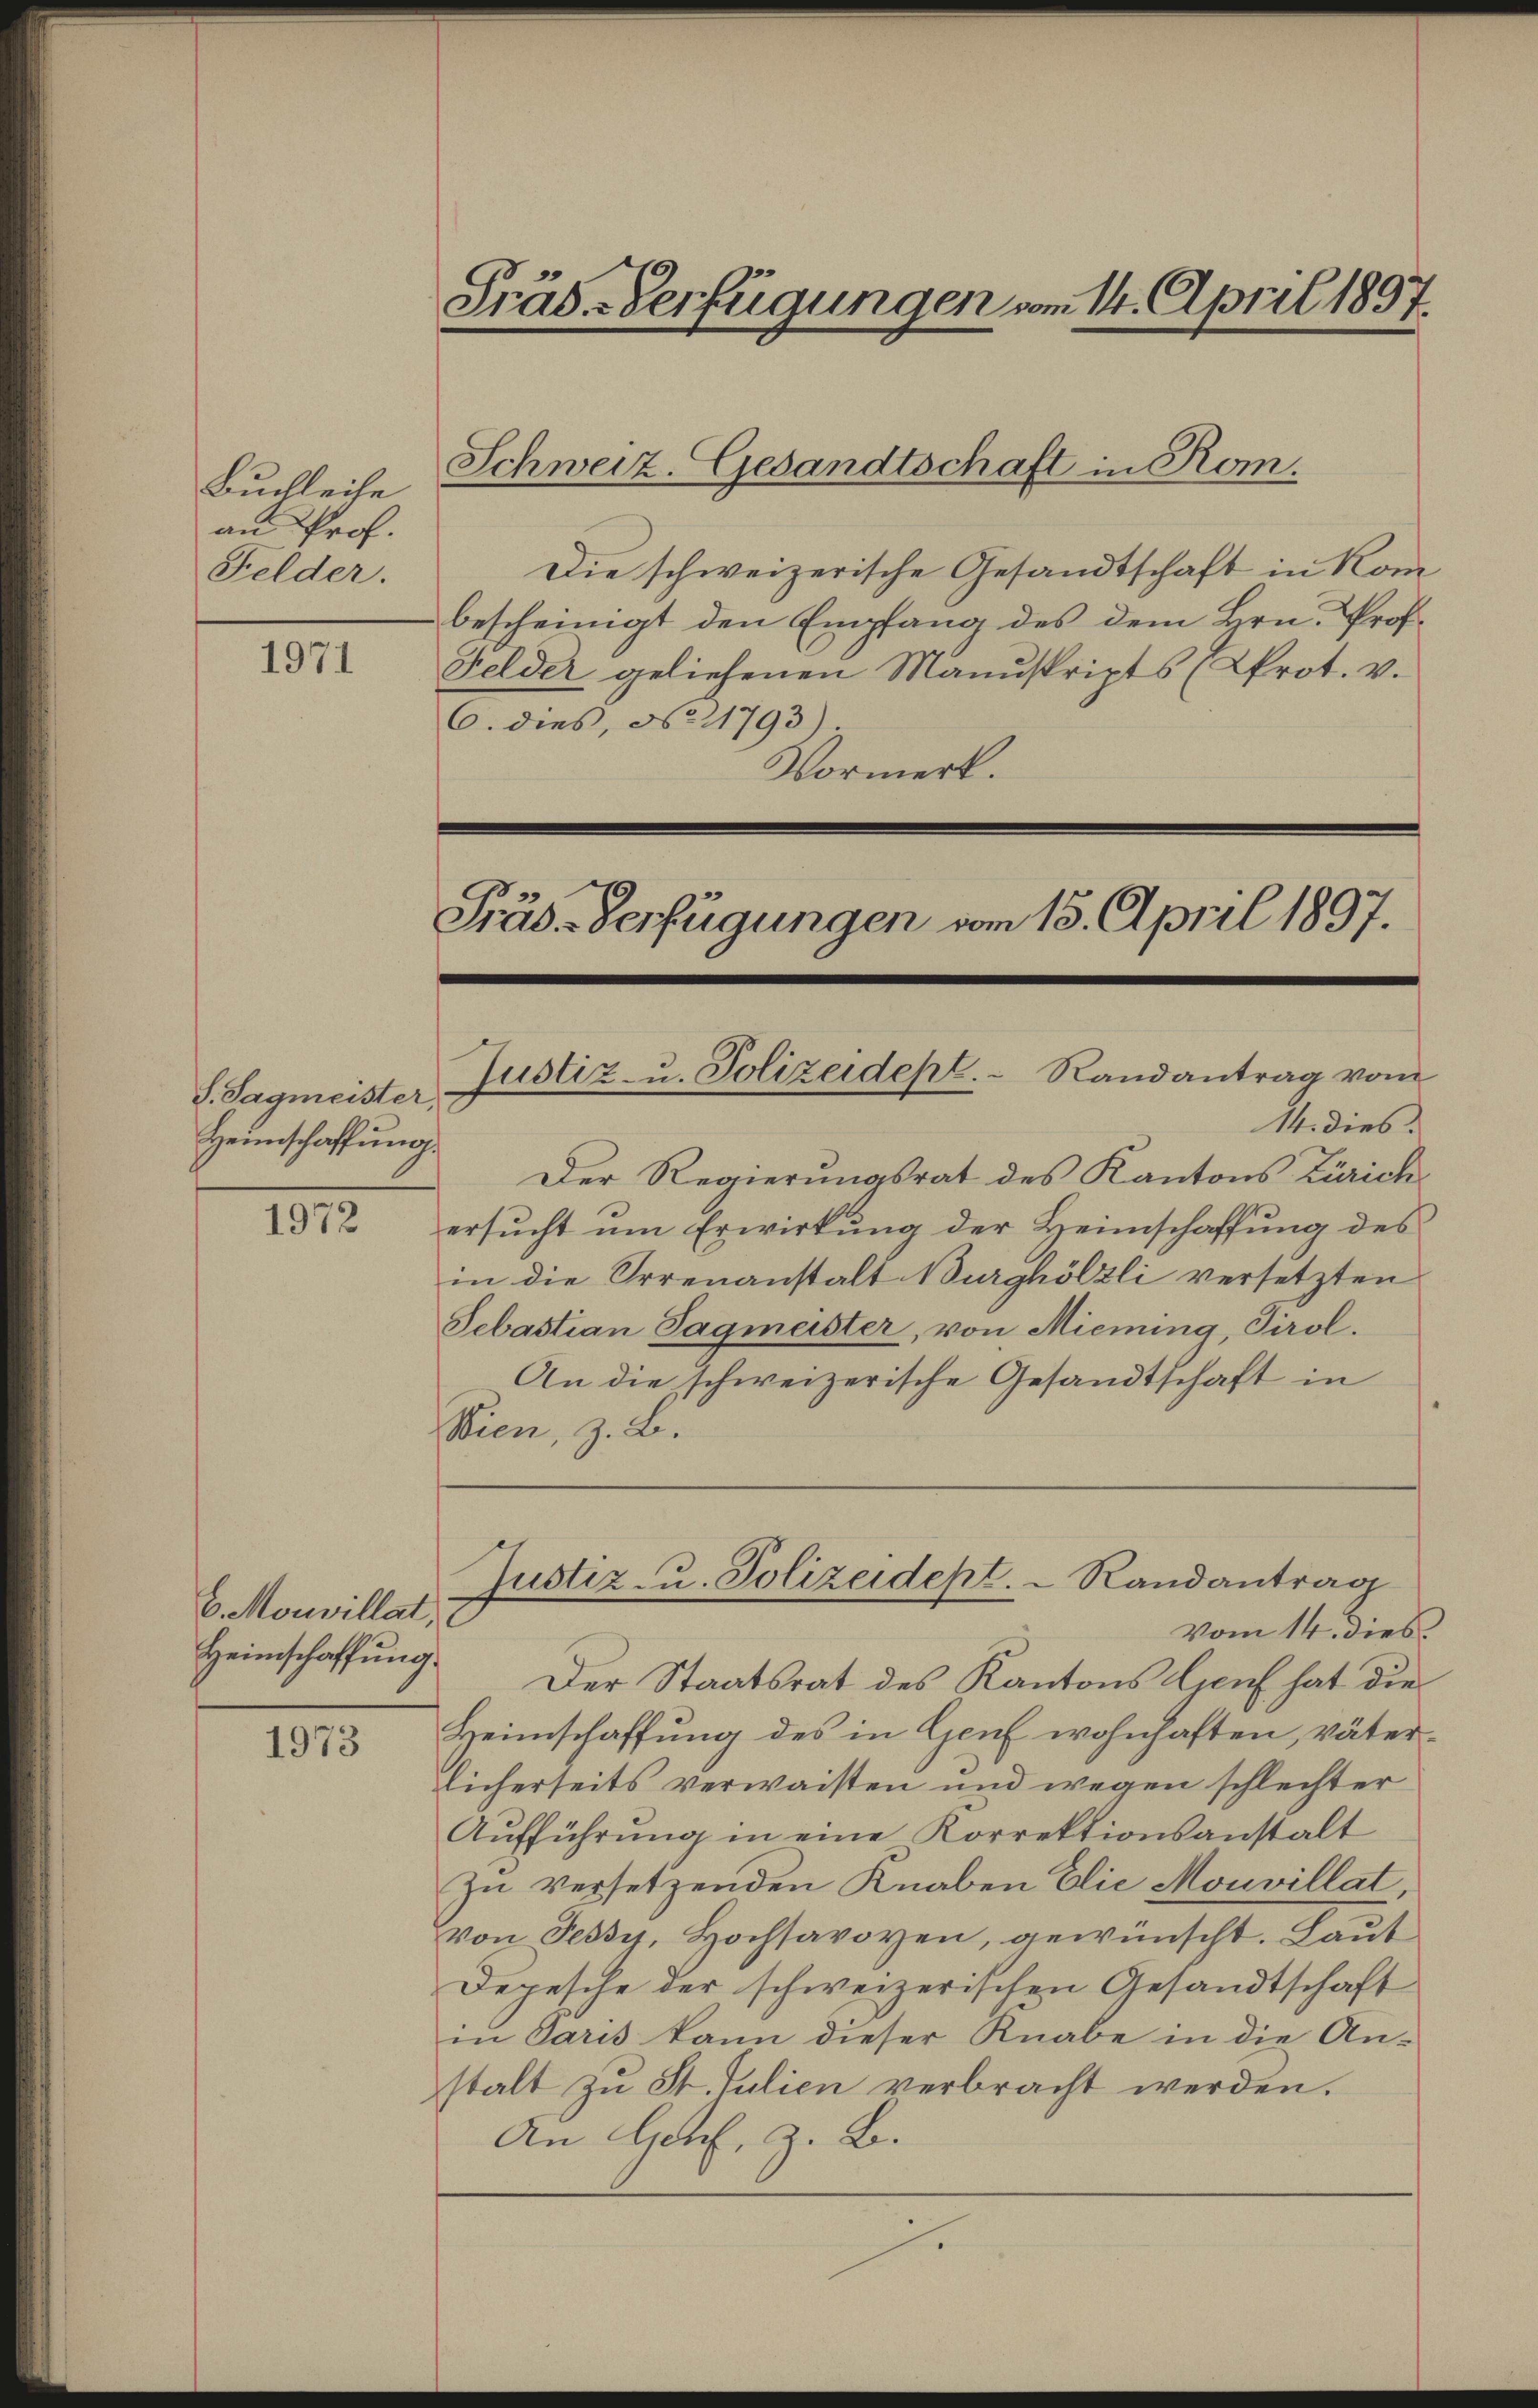
Buchleihe
an Prof.
Felder.

1971

S. Sagmeister,
Heimschaffung.

1972

6. Mouvillat

1973

Präs-Verfügungen vom 14. April 1897.

Die schweizerische Gesandtschaft in Kom
bescheinigt den Empfang des dem Hrn. Prof.
Felder geliehenen Manuskripts (Prot. v.
C. dies, No 11793)
Vormerk.

Schweiz. Gesandtschaft in Rom.

Präs.-Verfügungen vom 15. April 1897.

14. dies
Der Regierungsrat des Kantons Zürich
ersucht um Erwirkung der Heimschaffung des
in die Irrenanstalt Burghölzli versetzten
Sebastian Sagmeister, von Mieming, Tirol.
An die schweizerische Gesandtschaft in
Wien, z. B.

Heimschaffung. Der Staatsrat des Kantons Genf hat die
Heimschaffung des in Genf wohnhaften, väterlicherseits verwaisten und wegen schlechter
Aŭfführŭng in eine Korrektionsanstalt
Zu versetzenden Knaben Elie Mouvillat,
von Fessy, Hochsavoyen, gewünscht. Laut
Depesche der schweizerischen Gesandtschaft
in Paris kann dieser Knabe in die An-
stalt zu St. Julien verbracht werden.
An Genf, z. B.
.

Justiz- u. Polizeidept. Randantrag vom

Justiz- u. Polizeidept.  Randantrag
Vom 14. dies